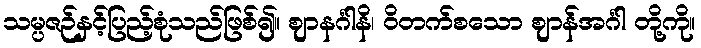
သမ္ပဇဉ်နှင့်ပြည့်စုံသည်ဖြစ်၍။ ဈာနင်္ဂါနိ၊ ဝိတက်စသော ဈာန်အင်္ဂါ တို့ကို။